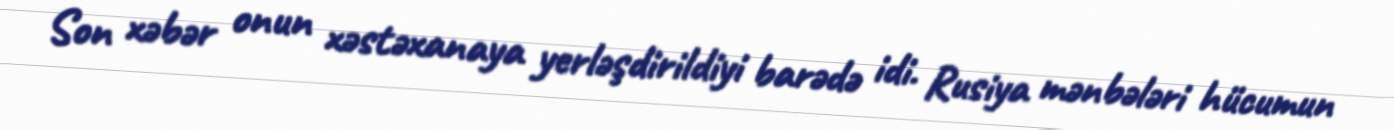
Son xəbər onun xəstəxanaya yerləşdirildiyi barədə idi. Rusiya mənbələri hücumun